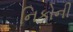
નિકોની